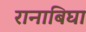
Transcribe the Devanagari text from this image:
रानाबिघा